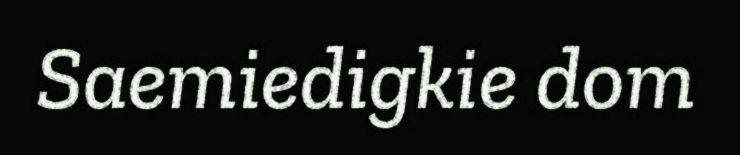
Saemiedigkie dom